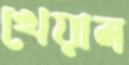
খেয়াল